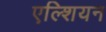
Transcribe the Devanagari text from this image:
एल्शियन